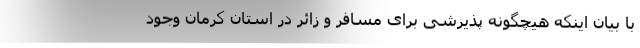
با بیان اینکه هیچگونه پذیرشی برای مسافر و زائر در استان کرمان وجود